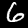
Label: 6